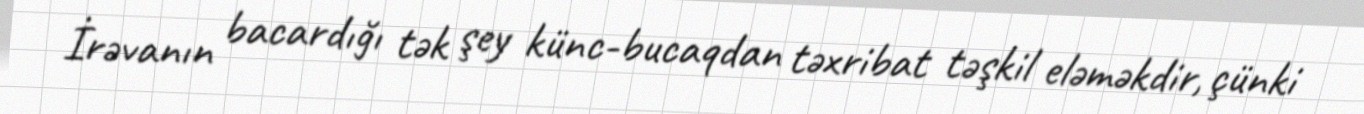
İrəvanın bacardığı tək şey künc-bucaqdan təxribat təşkil eləməkdir, çünki